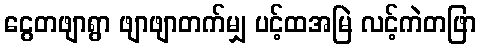
ငွေတဖျာရွာ ဖျာဖျာတက်မျှ ပင့်ထအမြဲ လင့်ကဲတဖြာ